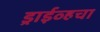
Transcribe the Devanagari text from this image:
ड्राईव्हचा